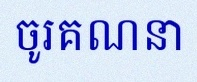
ចូរគណនា